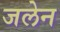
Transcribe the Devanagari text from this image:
जलेन